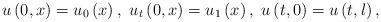
LaTeX: \begin{align*}u\left( 0,x\right) =u_{0}\left( x\right) ,\ u_{t}\left( 0,x\right) =u_{1}\left( x\right) ,\ u\left( t,0\right) =u\left( t,l\right) ,\end{align*}